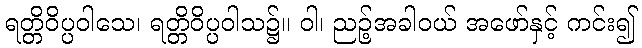
ရတ္တိဝိပ္ပဝါသေ၊ ရတ္တိဝိပ္ပဝါသ၌။ ဝါ၊ ညဉ့်အခါဝယ် အဖော်နှင့် ကင်း၍